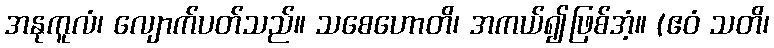
အနုကူလံ၊ လျောက်ပတ်သည်။ သစေဟောတိ၊ အကယ်၍ဖြစ်အံ့။ (ဧဝံ သတိ၊